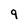
Character: 9